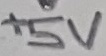
Text: +5V